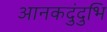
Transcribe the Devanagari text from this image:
आनकदुंदुभि